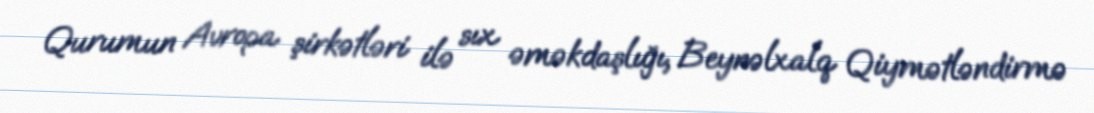
Qurumun Avropa şirkətləri ilə sıx əməkdaşlığı, Beynəlxalq Qiymətləndirmə